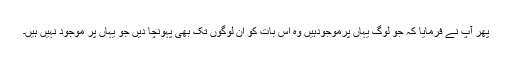
پھر آپ نے فرمایا کہ جو لوگ یہاں پرموجودہیں وہ اس بات کو ان لوگوں تک بھی پہونچا دیں جو یہاں پر موجود نہیں ہیں۔